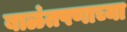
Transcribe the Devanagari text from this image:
बाळंतपणाच्या